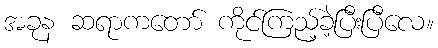
အခုန ဆရာကတော် ကိုင်ကြည့်ခဲ့ပြီးပြီလေ။